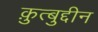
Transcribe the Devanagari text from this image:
क़ुत्बुद्दीन